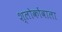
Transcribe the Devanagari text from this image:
श्लोकोंवाला